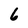
Character: 6